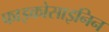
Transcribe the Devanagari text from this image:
फाइकोसाइनिन